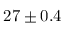
2 7 \pm 0 . 4 \